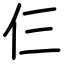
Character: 仨